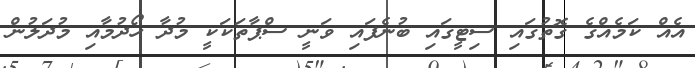
އެއް ކަމެއްގެ ގޮތުގައި ސިޓީގައި ބުނެފައި ވަނީ ސްޕާތަކަކީ މުދާ ހޯދުމާއި މުދަލުން